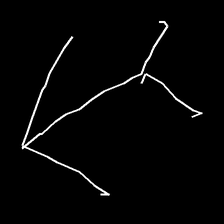
Glyph: gather